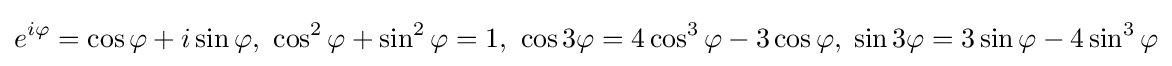
e^{i\varphi }=\cos \varphi +i\sin \varphi ,\ \cos ^{2}\varphi +\sin ^{2}\varphi =1,\ \cos 3\varphi =4\cos ^{3}\varphi -3\cos \varphi ,\;\sin 3\varphi =3\sin \varphi -4\sin ^{3}\varphi